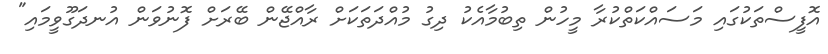
އޮފީސްތަކުގައި މަސައްކަތްކުރާ މީހުން ތިބުމާއެކު ދިގު މުއްދަތަކަށް ރާއްޖޭން ބޭރަށް ފޮނުވަން އުނދަގޫވީމައި"